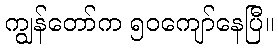
ကျွန်တော်က ၅၀ကျော်နေပြီ။